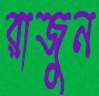
রাজুন